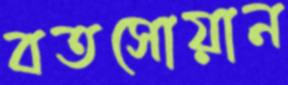
বতসোয়ান